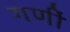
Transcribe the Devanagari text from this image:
गणीं